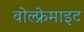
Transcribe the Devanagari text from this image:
वोल्फ्रेमाइट